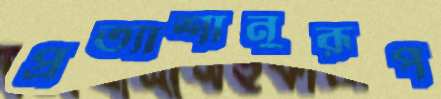
প্রত্যাশানুরূপ